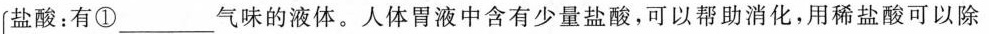
盐酸：有①___气味的液体。人体胃液中含有少量盐酸，可以帮助消化，用稀盐酸可以除